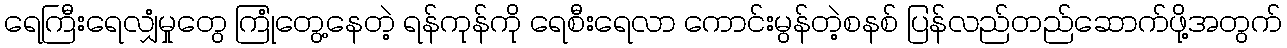
ရေကြီးရေလျှံမှုတွေ ကြုံတွေ့နေတဲ့ ရန်ကုန်ကို ရေစီးရေလာ ကောင်းမွန်တဲ့စနစ် ပြန်လည်တည်ဆောက်ဖို့အတွက်